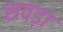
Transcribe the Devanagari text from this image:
सवड़ा